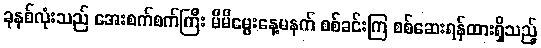
ခုနစ်လုံးသည် အေးစက်စက်ကြီး မိမိမွေးနေ့မနက် စစ်ခင်းကြ စစ်ဆေးရန်ထားရှိသည့်